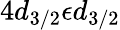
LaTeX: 4d_{3/2}\epsilon d_{3/2}